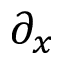
\partial _ { x }